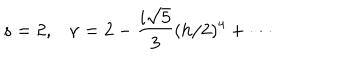
s = 2 , \nu = 2 - \frac { i \sqrt { 5 } } { 3 } ( h / 2 ) ^ { 4 } + \cdot \cdot \cdot